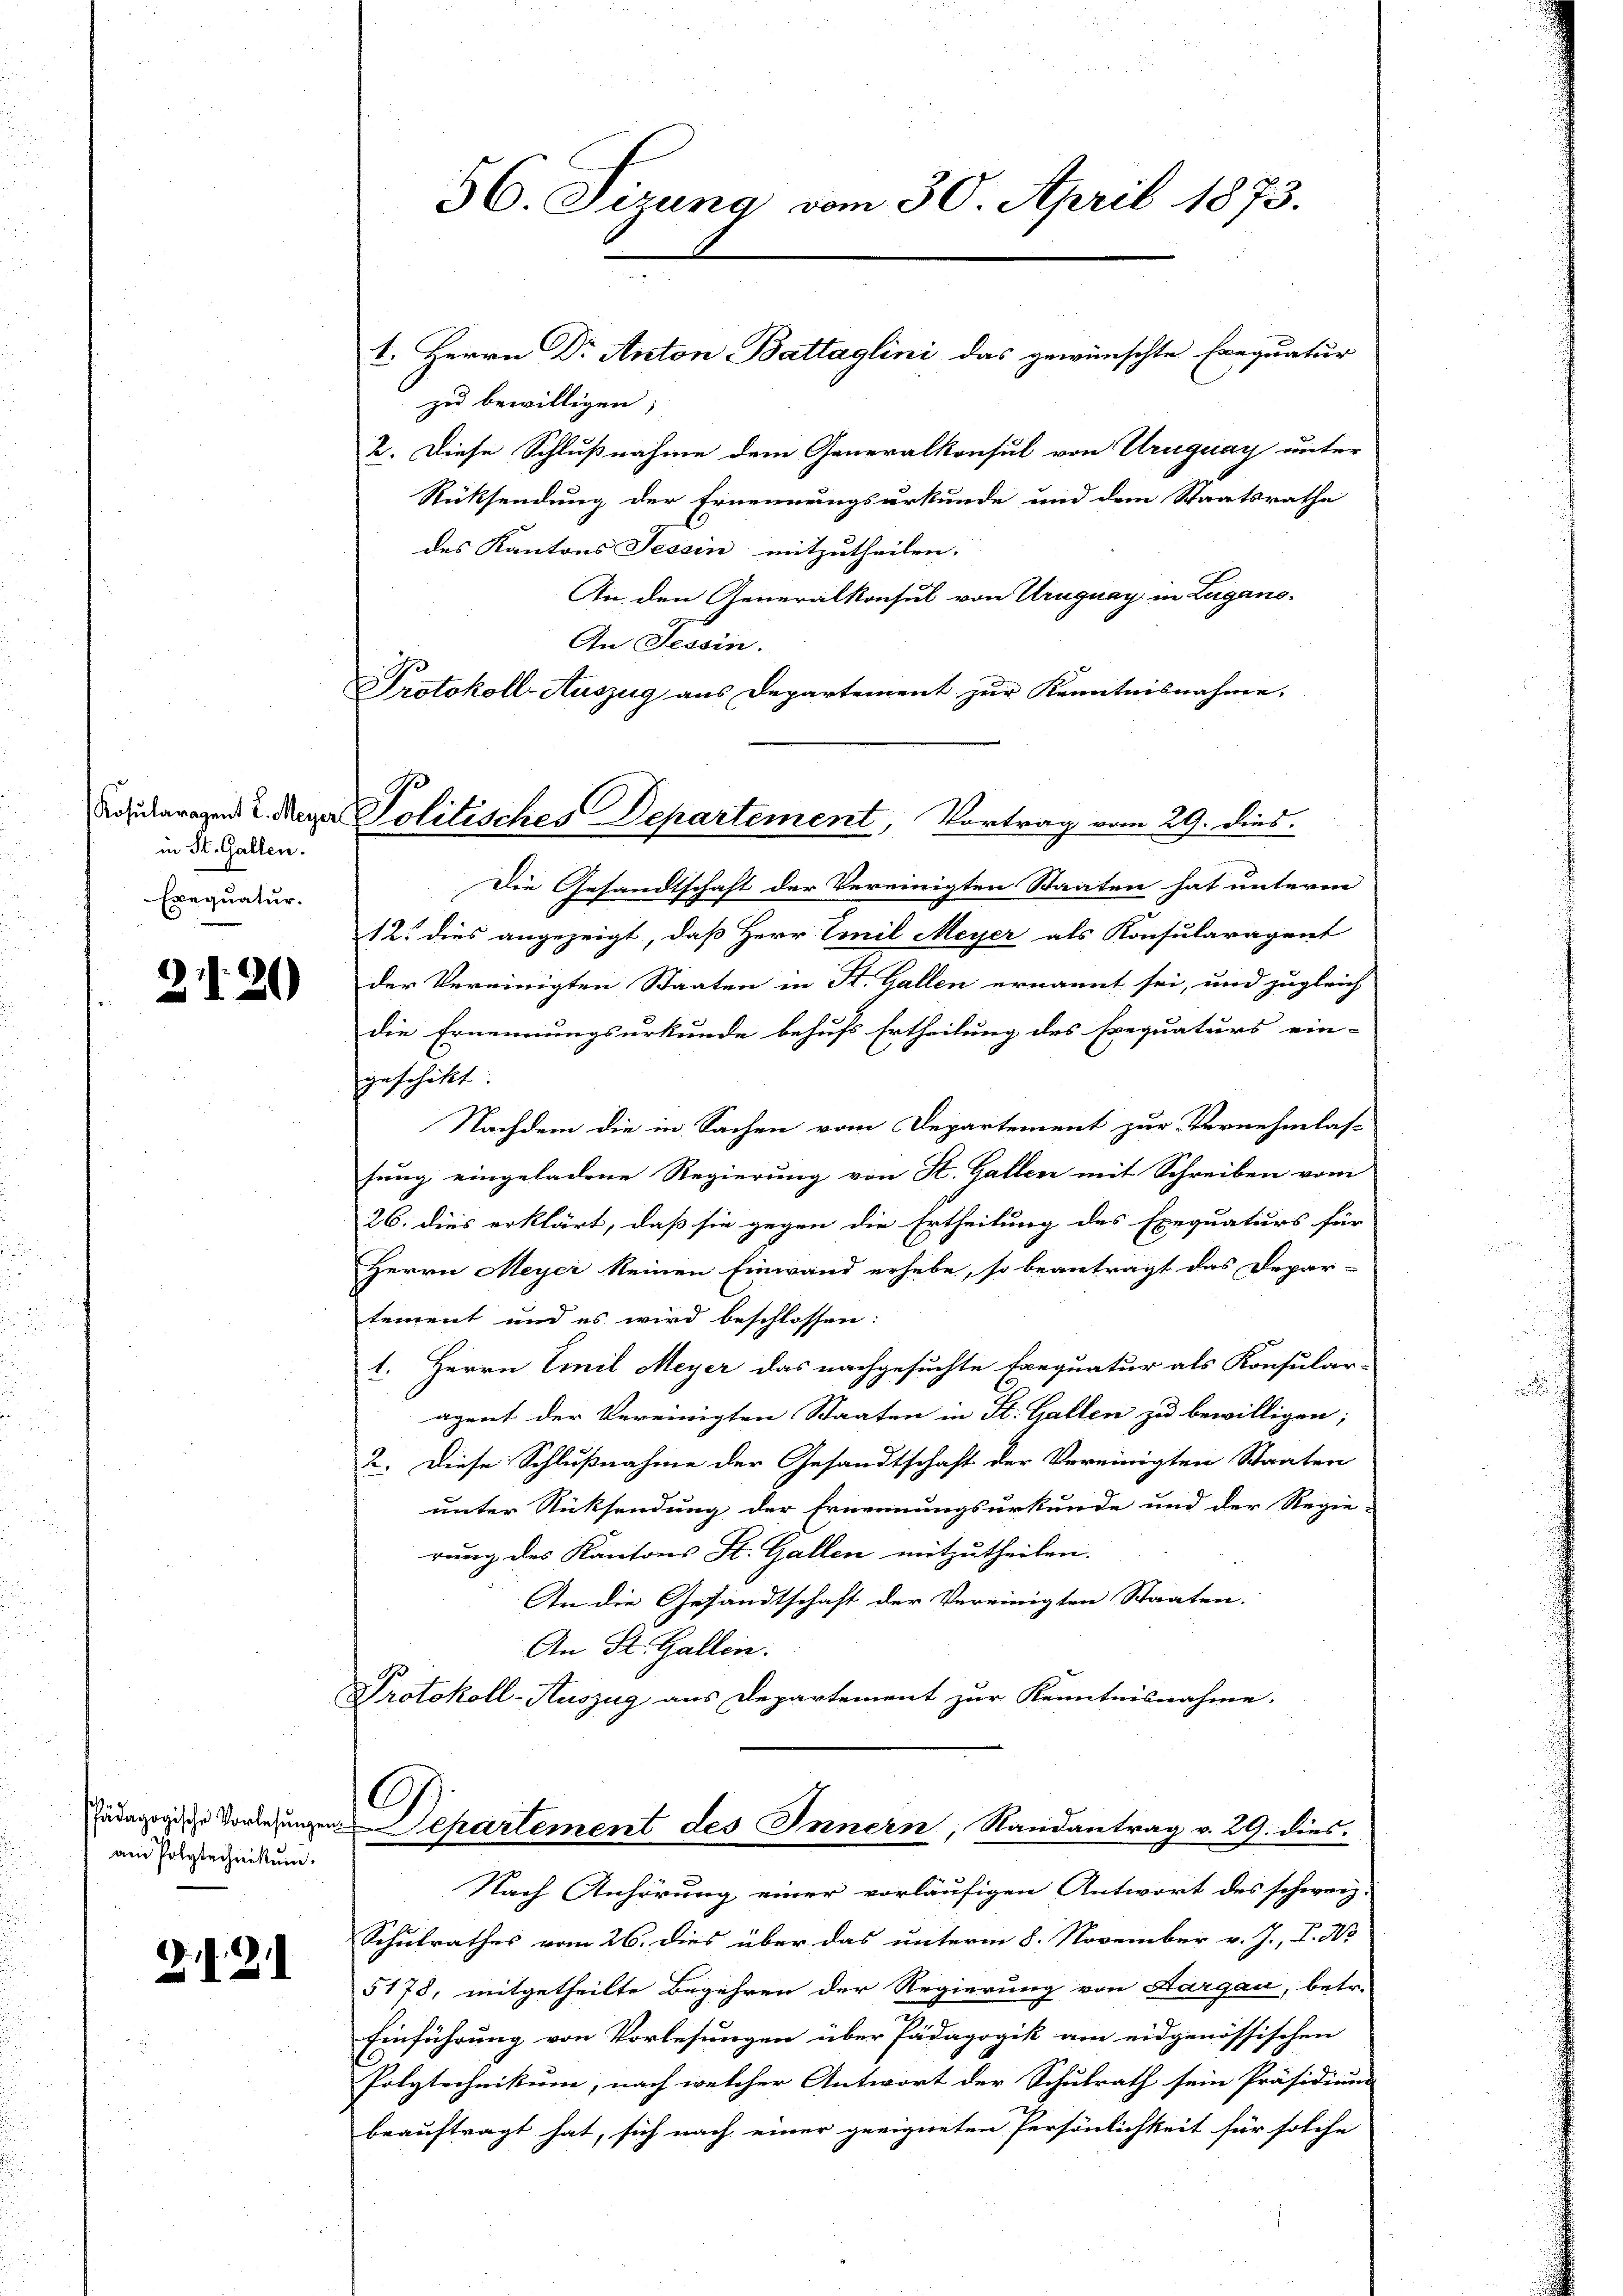
in St. Gallen.
Exequatur.

2120

hädagogische Vorlesunge
am Polytechnikum.

2. d. 21

zu bewilligen;
2. Diese Schlußnahme dem Generalkonsul von Uruguay unter
Rücksendung der Ernennungsurkunde und dem Staatsrathe
des Kantons Tessin mitzutheilen.
An den Generalkonsul von Uruguay in Lugano¬
An Tessin.
Protokoll-Auszug aus Departement zur Kenntnisnahme.

56. Sizung vom 30. April 1873.

1. Herrn Dr Anton Battaglini das gewünschte Exequatur

Loueragen u. Mager Politisches Departement, Vortrag vom 29. dies

Die Gesandtschaft der Vereinigten Staaten hat unterm
12. dies angezeigt, daß Herr Emil Meyer als Konsularagent
der Vereinigten Staaten in St. Gallen ernannt sei, und zugleich
die Ernennungsurkunde behufs Ertheilung des Erequaturs ein-
geschickt.
Nachdem die in Sachen vom Departement zur Vornehmlas-
sung eingeladene Regierung von St. Gallen mit Schreiben vom
26. dies erklärt, daß sie gegen die Ertheilung des Exequaturs für
Herrn Meyer keinen Einwand erhebe, so beantragt das Depar-
tement und es wird beschlossen:
1. Herrn Emil Meyer das nachgesuchte tanquatur als Konsular-
agent der Vereinigten Staaten in St. Gallen zu bewilligen;
2. Diese Schlußnahme der Gesandtschaft der Vereinigten Staaten
unter Rücksendung der Ernennungsurkunde und der Regie-
rung des Kantons St. Gallen mitzutheilen.
An die Gesandtschaft der Vereinigten Staaten.
An St. Gallen.
Protokoll-Auszug aus Departement zur Kenntnisnahme.

O
uchartement des Innern, Randantrag v. 29. dies

Nach Anhörung einer vorläufigen Antwort des schweiz.
Schulrathes vom 26. dies über das unterm 8. November v. J., I. No
5178, mitgetheilte Begehren der Regierung von Aargau, betr.
Einführung von Vorlesungen über Pädagogik am eidgenössischen
Polytechnikum, nach welcher Antwort der Schulrath sein Präsidium
beauftragt hat, sich nach einer geeigneten Persönlichkeit für solche